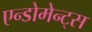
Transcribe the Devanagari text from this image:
एन्डोमेन्ट्‌स